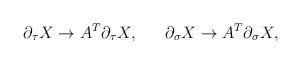
LaTeX: \begin{align*}\partial_{\tau}X\to A^T\partial_{\tau}X,\ \ \ \ \ \partial_{\sigma}X\to A^T\partial_{\sigma}X,\end{align*}